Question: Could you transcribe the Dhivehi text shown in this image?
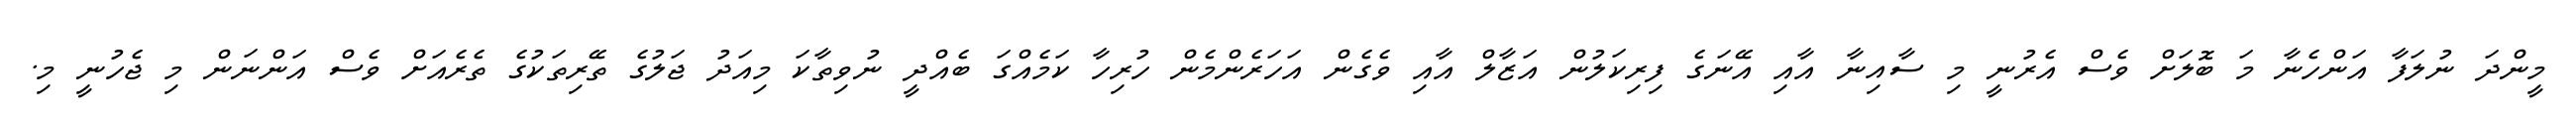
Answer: މީންދަ ނުލަފާ އަންހެނާ މަ ބޮލަށް ވެސް އެރުނީ މި ސާއިނާ އާއި އޭނަގެ ފިރިކަލުން އަޒާލް އާއި ވެގެން އަހަރެންމެން ހުރިހާ ކަމެއްގަ ބެއްދީ ނުވިތާކަ މިއަދު ޖަލުގެ ތޭރިތަކުގެ ތެރެއަށް ވެސް އަންނަން މި ޖެހުނީ މި.